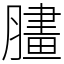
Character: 䐸